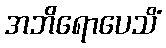
အဘိရောပေသိံ